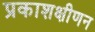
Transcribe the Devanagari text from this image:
प्रकाशक्षीणन